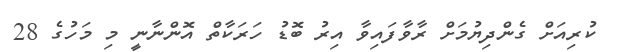
ކުރިއަށް ގެންދިޔުމަށް ރާވާފައިވާ އިރު ބޮޑު ހަރަކާތް އޮންނާނީ މި މަހުގެ 28